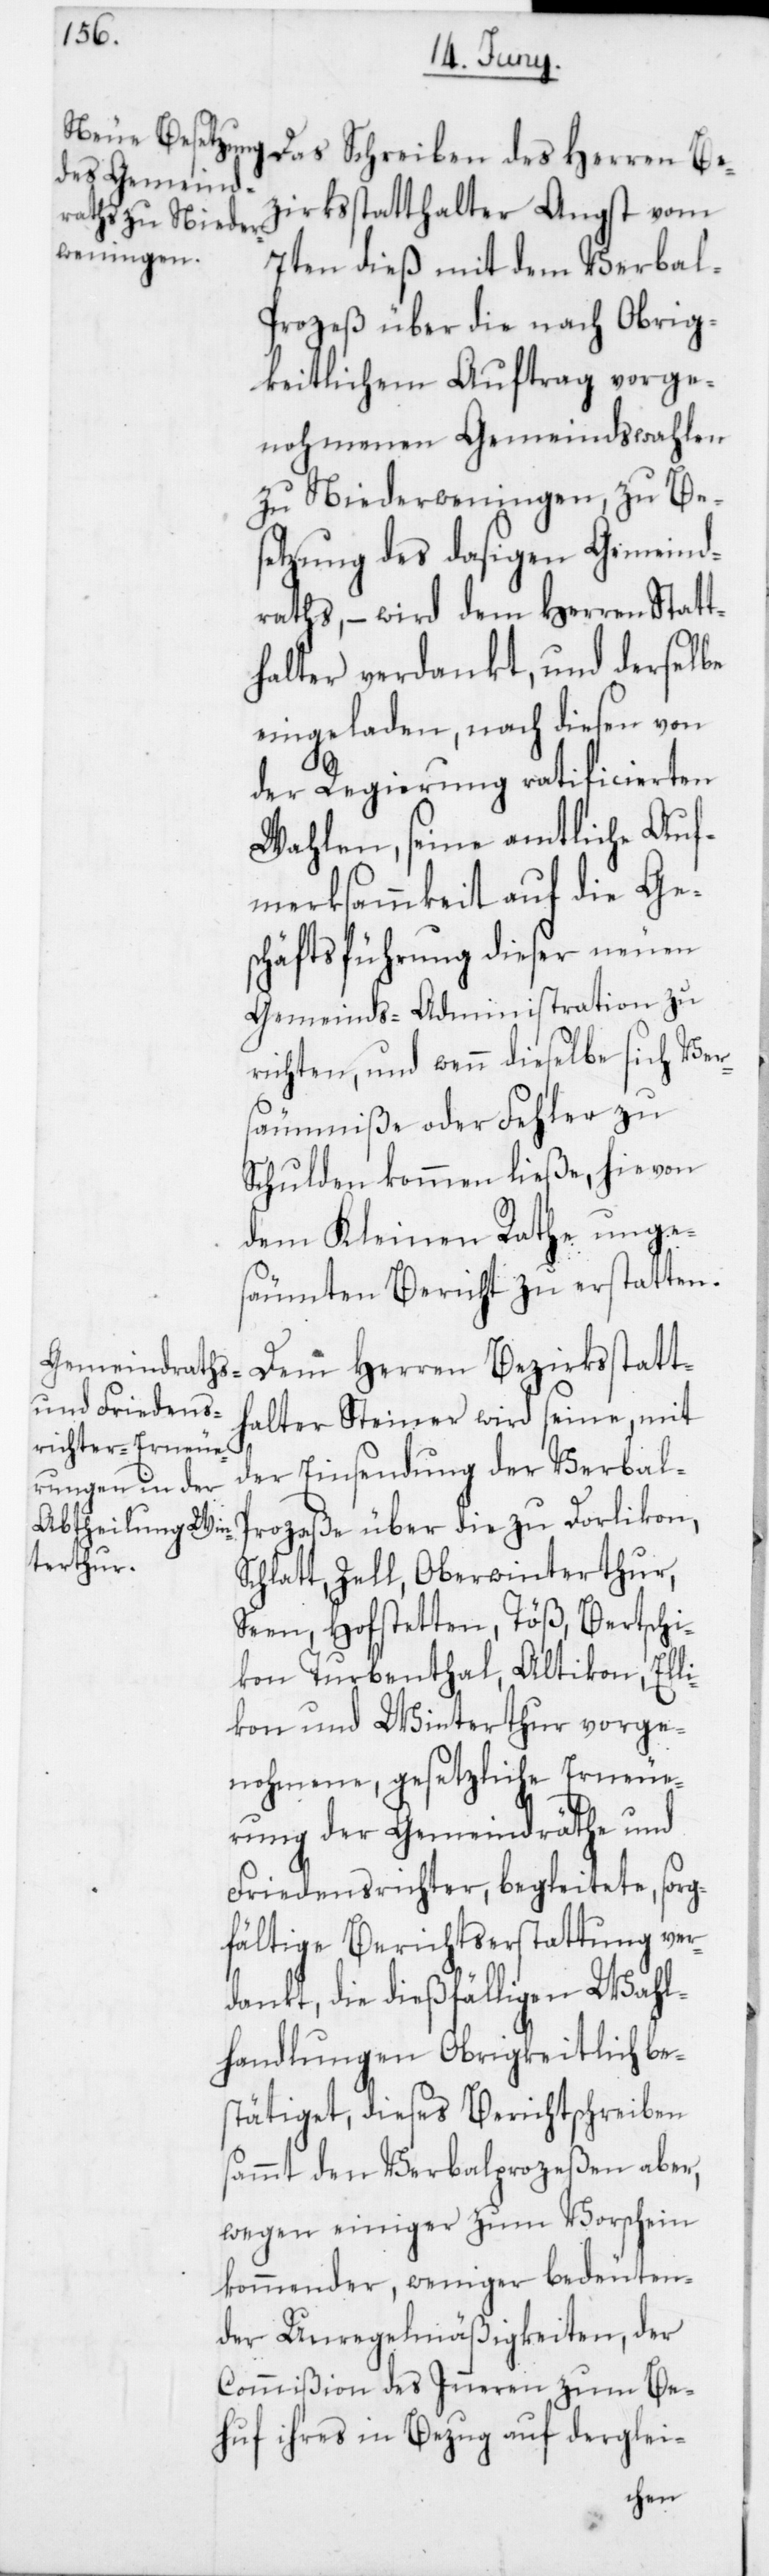
Bezirksstatthalter Angst vom
7ten dieß mit dem Verbal-P¬
rozeß über die nach Obrig¬
keitlichem Auftrag vorge¬
nohmenen Gemeindswahlen
zu Niederweningen, zu Bes¬
etzung des dasigen Gemeind¬
raths, – wird dem Herren Statt¬
halter verdankt, und derselbe
eingeladen, nach diesen von
der Regierung ratificierten
Wahlen, seine amtliche Auf¬
merksammkeit auf die Ges¬
chäftsführung dieser neuen
Gemeinds-Administration zu
richten, und wenn dieselbe sich Ver¬
säumniße oder Fehler zu
Schulden kommen ließe, hievon
dem Kleinen Rathe unge¬
säumten Bericht zu erstatten.
Dem Herren Bezirksstatt¬
halter Steiner wird seine, mit
der Einsendung der Verbal-P¬
rozeße über die zu Dorlikon,
Schlatt, Zell, Oberwinterthur,
Seen, Hofstetten, Töß, Bertschi¬
kon, Turbenthal, Altikon, Elli¬
kon und Winterthur vorge¬
nohmene, gesetzliche Erneue¬
rung der Gemeindräthe und
Friedensrichter begleitete, sorg¬
fältige Berichtserstattung ver¬
dankt, die dießfälligen Wahl¬
handlungen Obrigkeitlich be¬
stätiget, dieses Berichtschreiben
sammt den Verbalprozeßen aber,
wegen einiger zum Vorschein
kommender, weniger bedeuten¬
der Unregelmäßigkeiten, der
Commißion des Inneren zum Be¬
huf ihres in Bezug auf derglei-